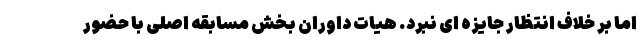
اما بر خلاف انتظار جایزه ای نبرد. هیات داوران بخش مسابقه اصلی با حضور